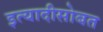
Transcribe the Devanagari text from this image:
इत्यादीसोबत